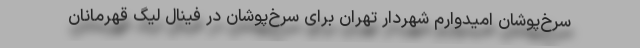
سرخ‌پوشان امیدوارم شهردار تهران برای سرخ‌پوشان در فینال لیگ قهرمانان